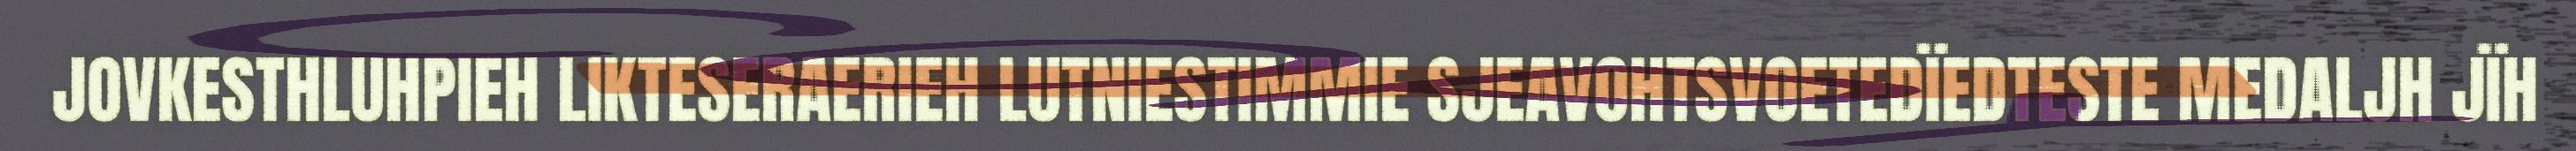
JOVKESTHLUHPIEH LIKTESERAERIEH LUTNIESTIMMIE SJEAVOHTSVOETEDÏEDTESTE MEDALJH JÏH